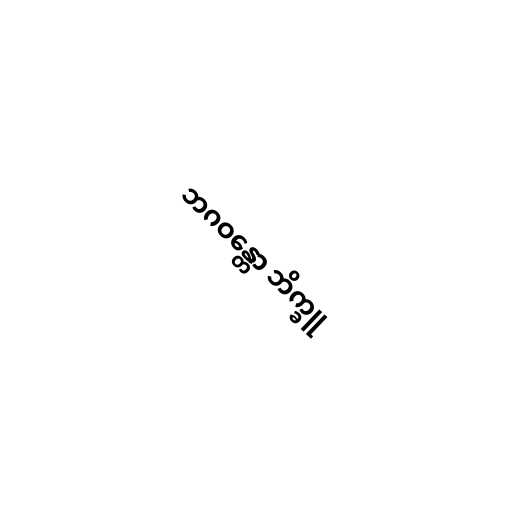
ဘဂဝန္တော ဘိက္ခူ